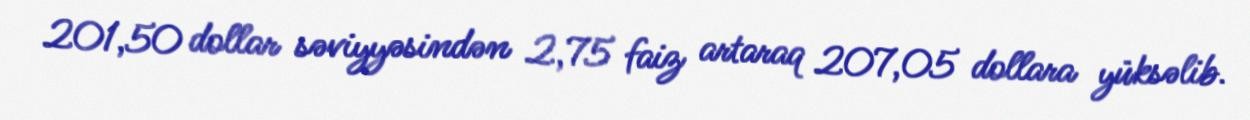
201,50 dollar səviyyəsindən 2,75 faiz artaraq 207,05 dollara yüksəlib.